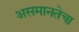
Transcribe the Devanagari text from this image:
असमानतेचा